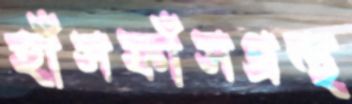
হাঁসফাঁসগ্রন্থ